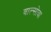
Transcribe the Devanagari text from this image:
बाल्सोवा